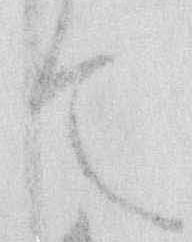
て